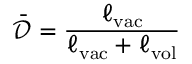
\bar { \mathcal { D } } = \frac { \ell _ { \mathrm { v a c } } } { \ell _ { \mathrm { v a c } } + \ell _ { \mathrm { v o l } } }